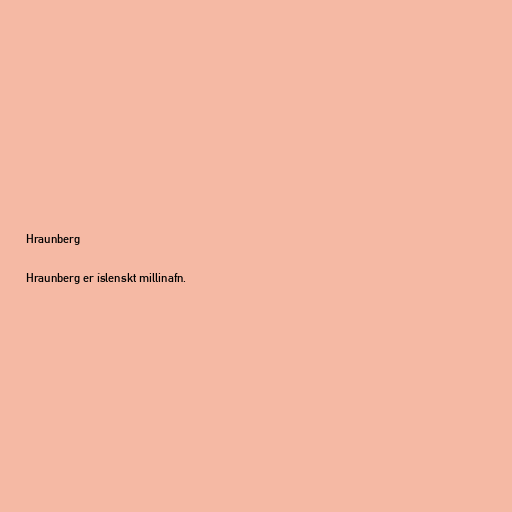
Hraunberg

Hraunberg er íslenskt millinafn.